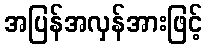
အပြန်အလှန်အားဖြင့်